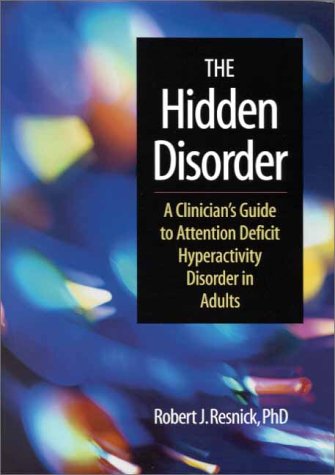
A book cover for The Hidden Disorder: A Clinician's Guide to Attention Deficit Hyperactivity Disorder in Adults; Robert J. Resnick; Parenting & Relationships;